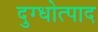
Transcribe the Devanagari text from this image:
दुग्धोत्पाद